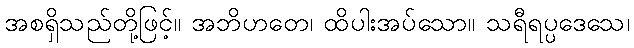
အစရှိသည်တို့ဖြင့်။ အဘိဟတေ၊ ထိပါးအပ်သော။ သရီရပ္ပဒေသေ၊